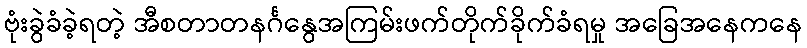
ဗုံးခွဲခံခဲ့ရတဲ့ အီစတာတနင်္ဂနွေအကြမ်းဖက်တိုက်ခိုက်ခံရမှု အခြေအနေကနေ